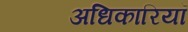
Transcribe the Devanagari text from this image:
अधिकारियॉ